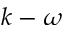
k - \omega